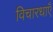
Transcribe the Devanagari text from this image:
विचारधाएँ